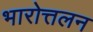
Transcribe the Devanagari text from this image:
भारोत्तलन